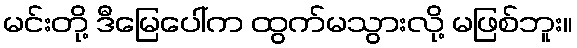
မင်းတို့ ဒီမြေပေါ်က ထွက်မသွားလို့ မဖြစ်ဘူး။